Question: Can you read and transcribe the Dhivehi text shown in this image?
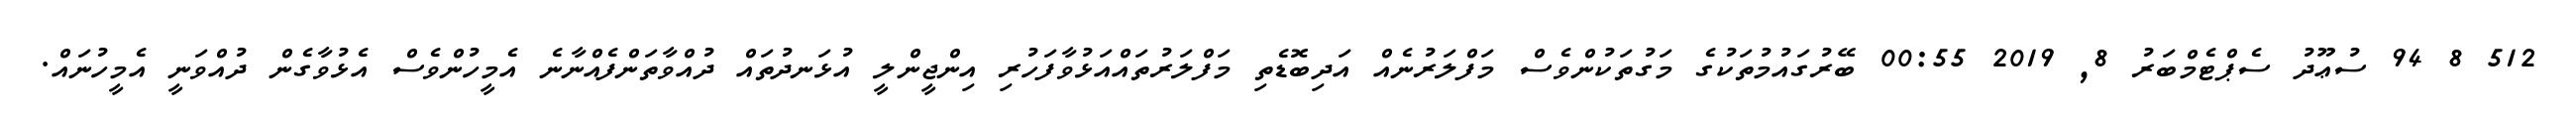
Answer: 512 8 94 ސުޢޫދު ސެޕްޓެމްބަރު 8, 2019 00:55 ބޭރުގައުމުތަކުގެ މަގުތަކުންވެސް މަފްލަރުނެއް އަދިބޮޑެތި މަފްލަރުތައްއަޅުވާފަހުރި އިންޖީންލީ އުޅަނދުތައް ދުއްވާތަންފެއްނާނެ އެމީހުންވެސް އެޅުވާގެން ދުއްވަނީ އެމީހުނައް.